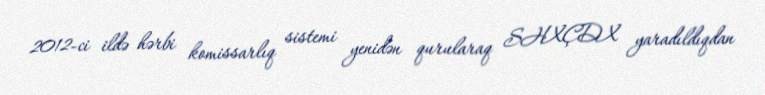
2012-ci ildə hərbi komissarlıq sistemi yenidən qurularaq SHXÇDX yaradıldıqdan